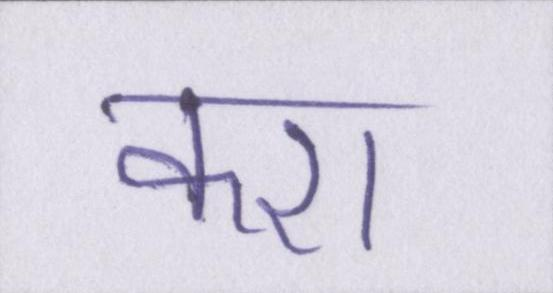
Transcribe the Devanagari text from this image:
करा